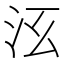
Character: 𣲑